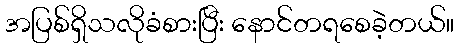
အပြစ်ရှိသလိုခံစားပြီး နောင်တရစေခဲ့တယ်။